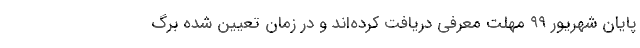
پایان شهریور ۹۹ مهلت معرفی دریافت کرده‌اند و در زمان تعیین شده برگ